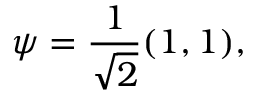
\psi = { \frac { 1 } { \sqrt { 2 } } } ( 1 , 1 ) ,